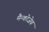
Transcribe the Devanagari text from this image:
मैन्कोजेब